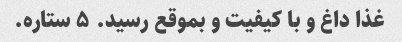
غذا داغ و با کیفیت و بموقع رسید. ۵ ستاره.